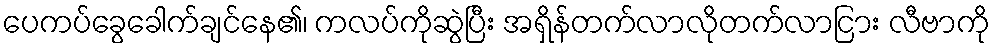
ပေကပ်ခွေခေါက်ချင်နေ၏၊ ကလပ်ကိုဆွဲပြီး အရှိန်တက်လာလိုတက်လာငြား လီဗာကို